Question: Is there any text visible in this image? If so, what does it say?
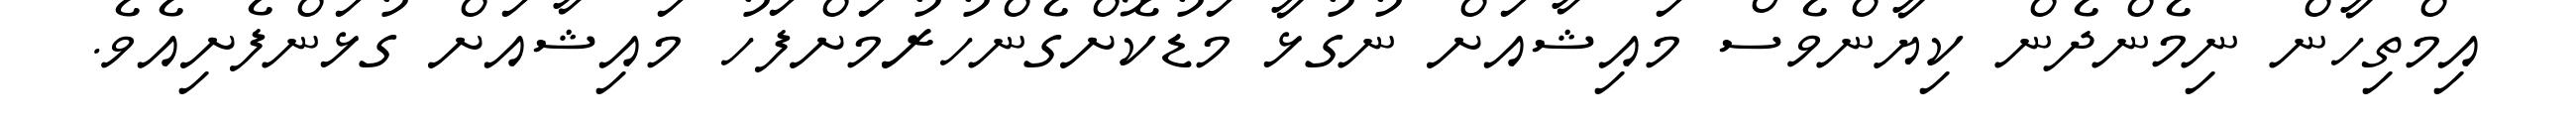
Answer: އިމްތިހާން ނިމެންދެން ކިޔާންވެސް މައިޝާއަށް ނުގުޅާ މަޑުކޮށްގެންހުރުމަށްފަހު މައިޝާއަށް ގުޅަންފެށިއެވެ.